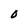
Character: O